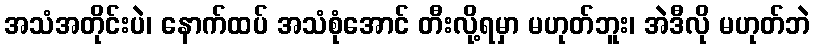
အသံအတိုင်းပဲ၊ နောက်ထပ် အသံစုံအောင် တီးလို့ရမှာ မဟုတ်ဘူး၊ အဲဒီလို မဟုတ်ဘဲ